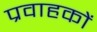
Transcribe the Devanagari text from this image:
प्रवाहकों